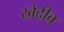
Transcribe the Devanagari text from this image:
खेदीब